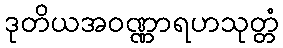
ဒုတိယအဝဏ္ဏာရဟသုတ္တံ